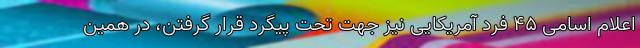
اعلام اسامی ۴۵ فرد آمریکایی نیز جهت تحت پیگرد قرار گرفتن، در همین